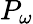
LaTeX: P_{\omega}